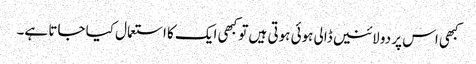
کبھی اس پر دو لائنیں ڈالی ہوئی ہوتی ہیں تو کبھی ایک کا استعمال کیا جاتا ہے۔